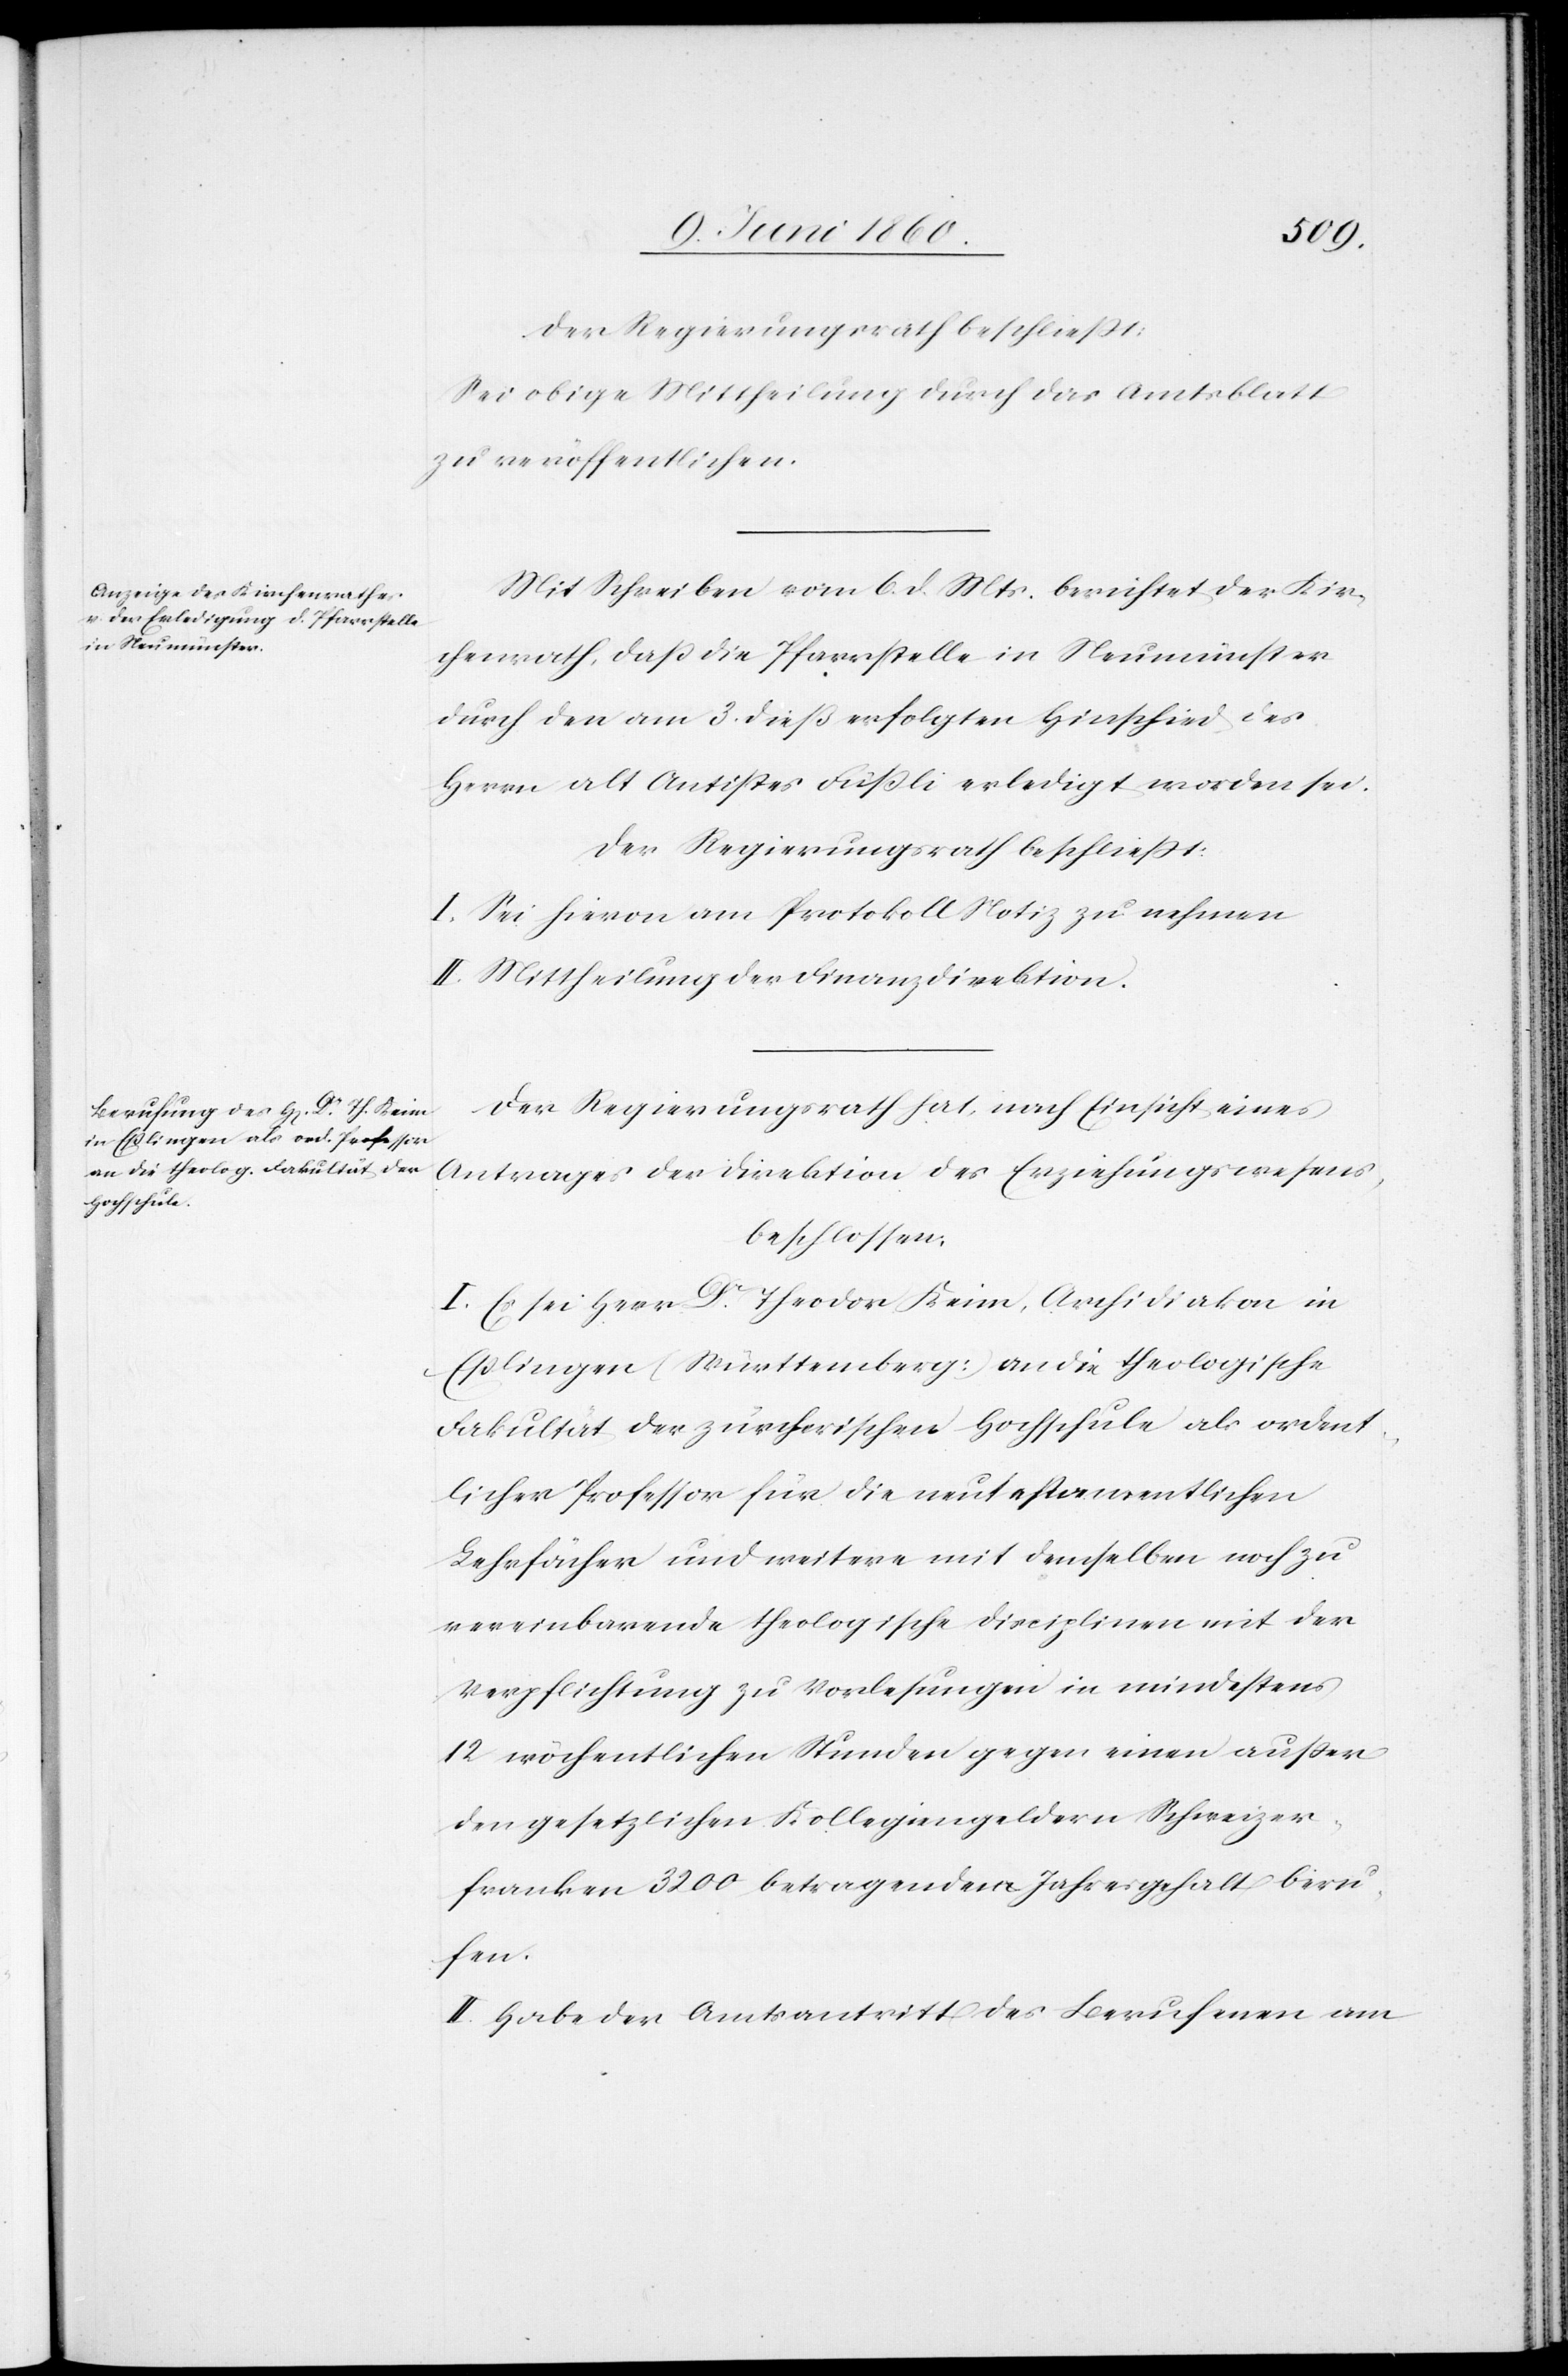
Sei obige Mittheilung durch das Amtsblatt
zu veröffentlichen.
Mit Schreiben vom 6. d. Mts. berichtet der Kir¬
chenrath, dass die Pfarrstelle in Neumünster
durch den am 3. dieß erfolgten Hinschied des
Herrn alt Antistes Füssli erledigt worden sei.
Der Regierungsrath beschliesst:
I. Sei hievon am Protokoll Notiz zu nehmen.
II. Mittheilung der Finanzdirektion.
Der Regierungsrath hat, nach Einsicht eines
Antrages der Direktion des Erziehungswesens,
beschlossen:
I. Es sei Herr Dr Theodor Keim, Archidiakon in
Esslingen (Württemberg) an die theologische
Fakultät der zürcherischen Hochschule als ordent¬
licher Professor für die neutestamentlichen
Lehrfächer und weitere mit demselben noch zu
vereinbarende theologische Disciplinen mit der
Verpflichtung zu Vorlesungen in mindestens
12 wöchentlichen Stunden gegen einen ausser
den gesetzlichen Kollegiengeldern Schweizer¬
franken 3200 betragenden Jahresgehalt beru¬
fen.
II. Habe der Amtsantritt des Berufenen am